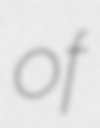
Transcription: of